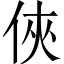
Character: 俠